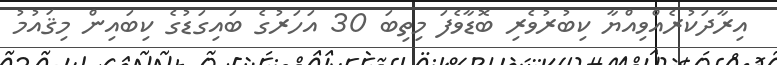
އިރާދަކުރެއްވިއްޔާ ކިބުރުވެރި ބޮޑާވެފަ މިތިބަ 30 އަހަރުގެ ބައިގަޑުގެ ކިބައިން މިޤައުމު